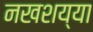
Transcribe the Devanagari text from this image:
नखशय्या